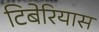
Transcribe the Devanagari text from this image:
टिबेरियास